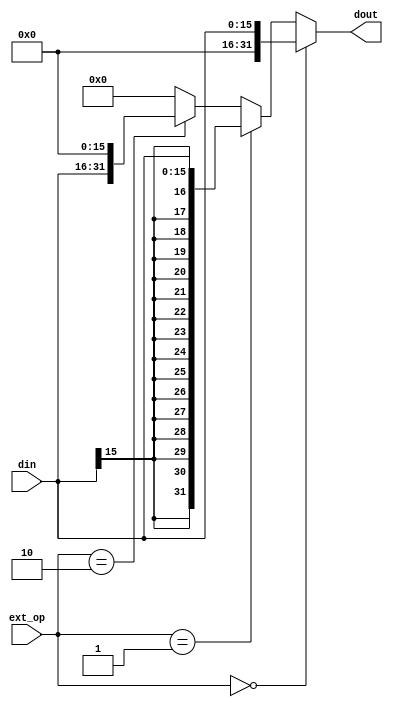
module ext (din,ext_op,dout);       //extender,00->zero ext,01->sign ext,10->low_zero ext
    input  [15:0] din     ;         // input data 
    input  [1:0]  ext_op  ;         // ext_op to control the extension  
    output [31:0] dout    ;         // result data output
    wire   [31:0] dout    ;
                                                   
    wire   [31:0] z_ext,s_ext,shift;
    
    assign z_ext={16'b0,din};         //zero extender
    assign s_ext={{16{din[15]}}, din};//sign extender
    assign shift={din,16'b0};         //low_zero extender
    
    assign dout=(ext_op==2'b00)?z_ext:
                (ext_op==2'b01)?s_ext:
                (ext_op==2'b10)?shift:
                                32'b0;
    
endmodule